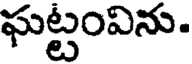
ఘట్టంవిను.